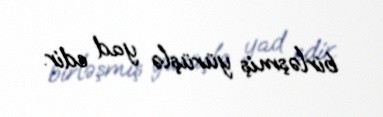
birləşmiş yürüşlə yad edir.